65_HS1-834228961_62-HQ-83894_Section_1
Agency: FBI
Page 184
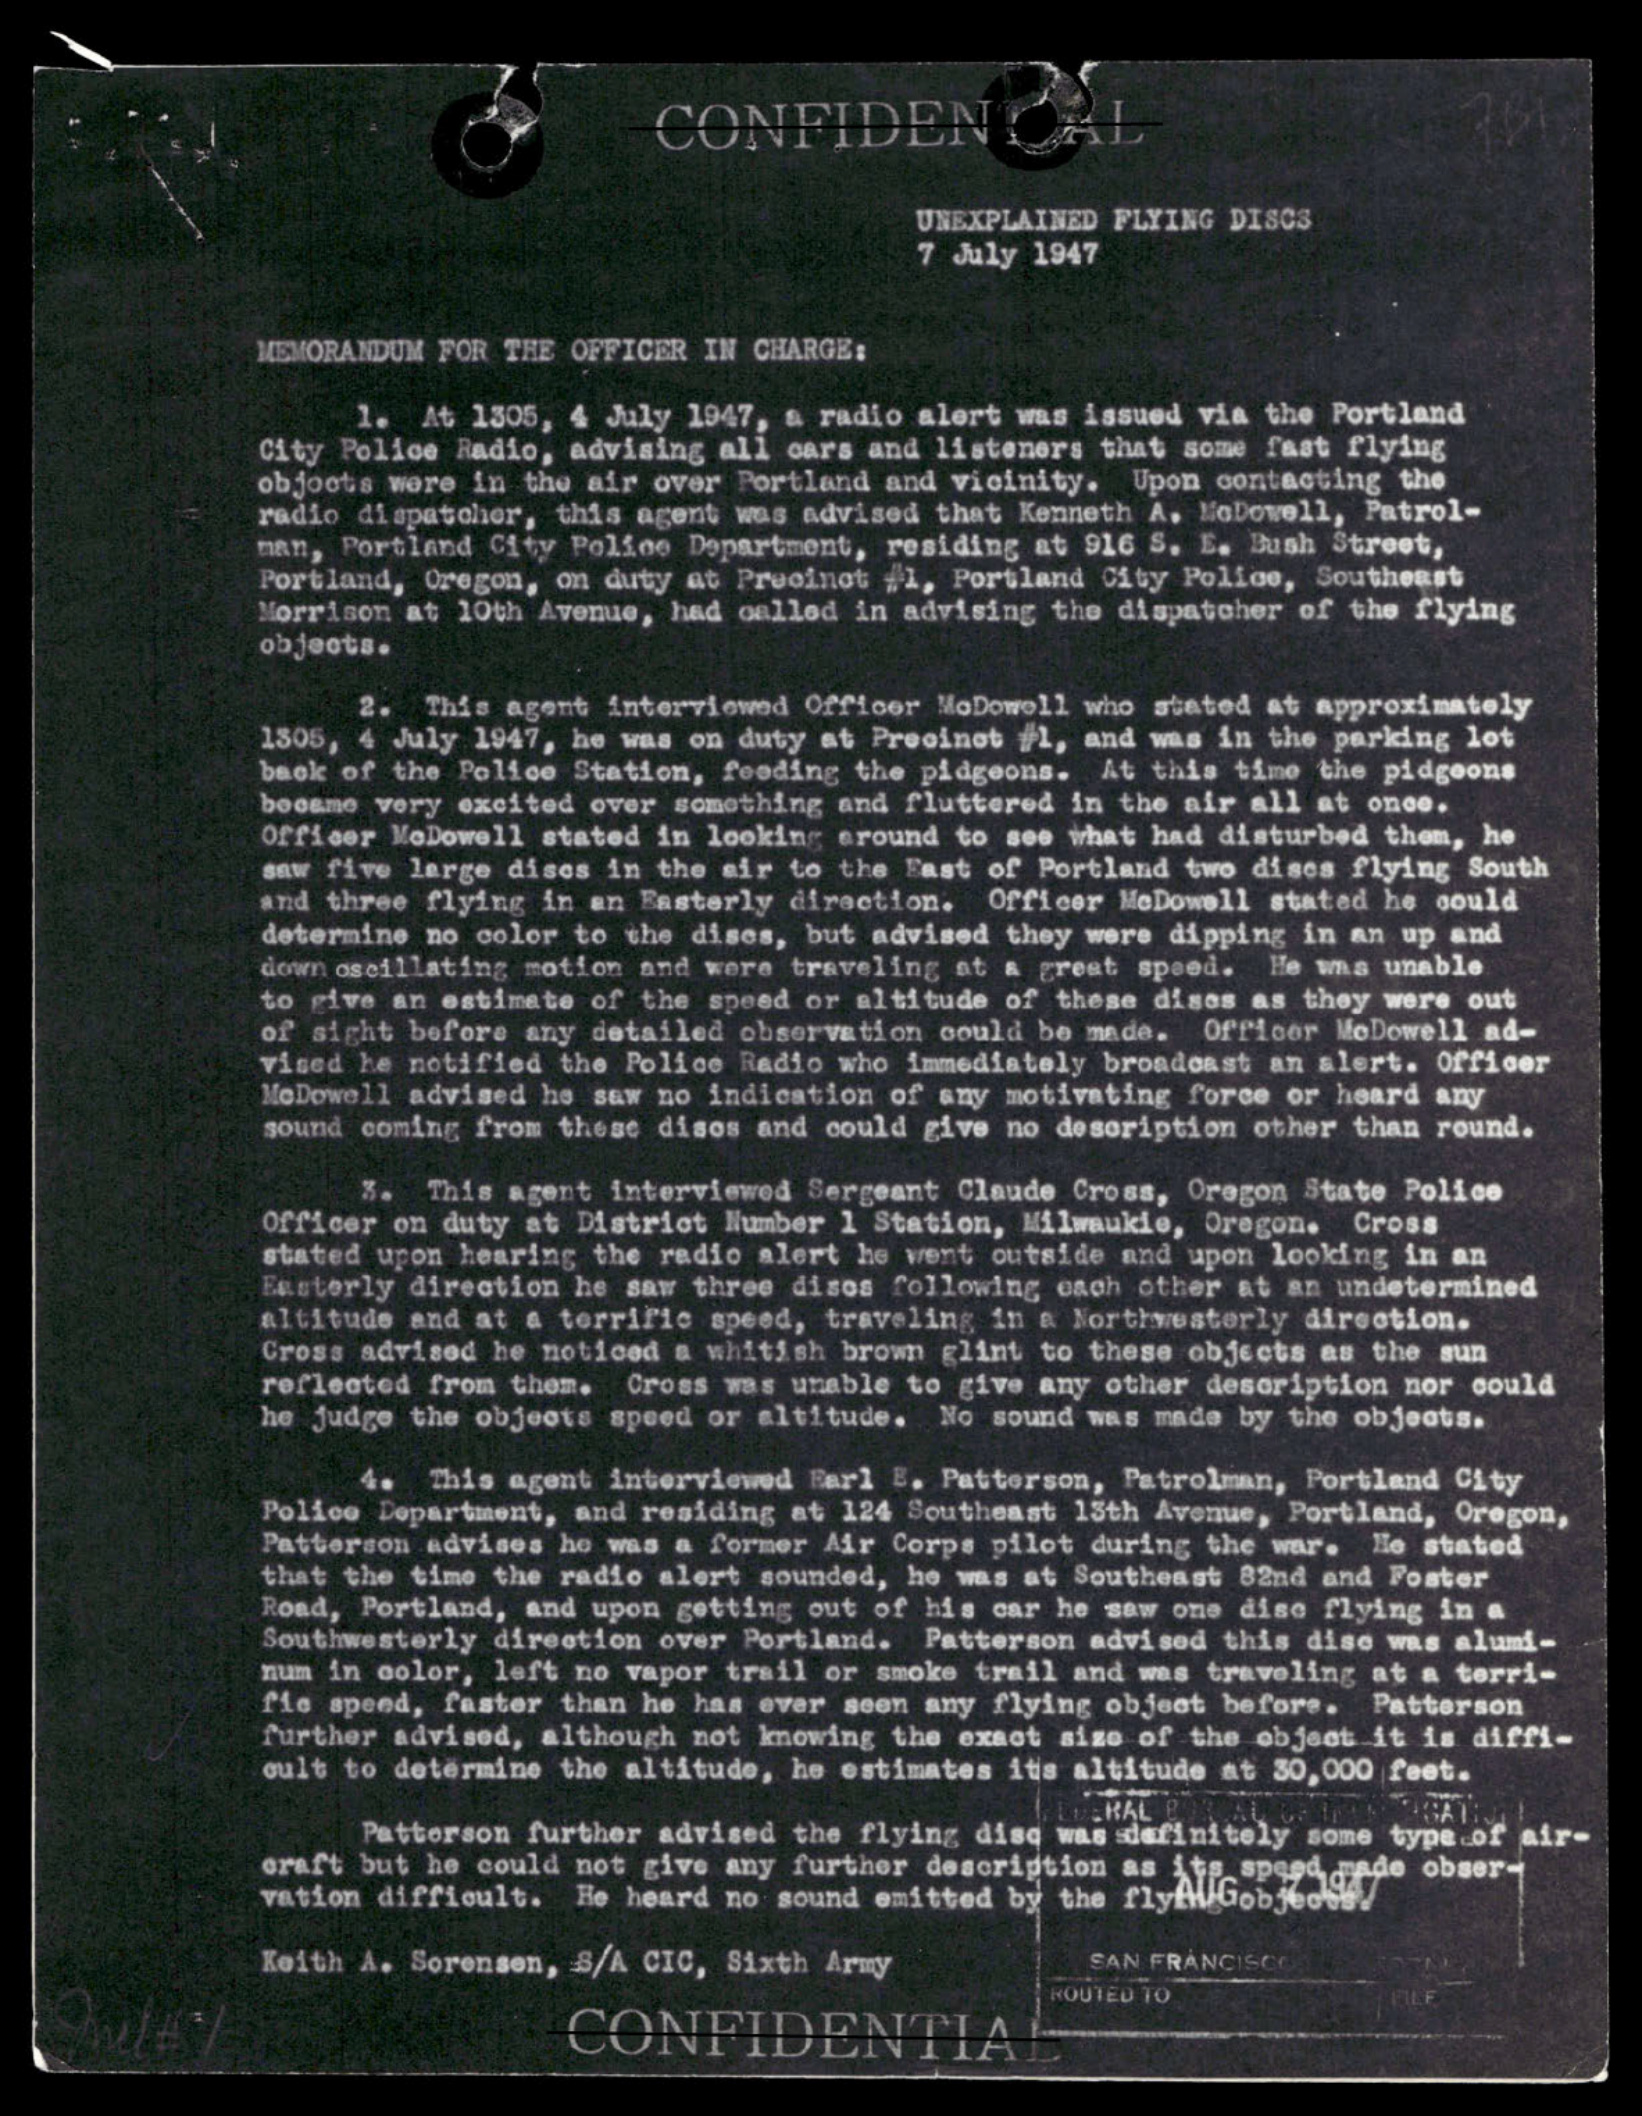